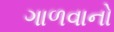
ગાળવાનો